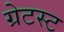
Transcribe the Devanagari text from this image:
ग्रेटस्ट